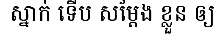
ស្នាក់ ទើប សម្តែង ខ្លួន ឲ្យ